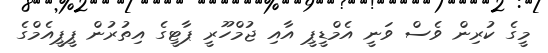
މީގެ ކުރިން ވެސް ވަނީ އެމްޑީޕީ އާއި ޖުމްހޫރީ ޕާޓީގެ އިތުރުން ޕީޕީއެމްގެ